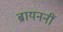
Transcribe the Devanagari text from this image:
ब्रायननीं